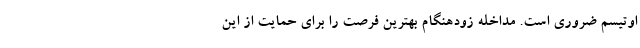
اوتیسم ضروری است. مداخله زودهنگام بهترین فرصت را برای حمایت از این